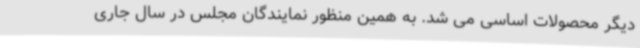
دیگر محصولات اساسی می شد. به همین منظور نمایندگان مجلس در سال جاری